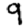
Digit: 9